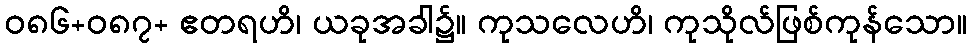
ဝ၈၆+၀၈၇+ ဧတရဟိ၊ ယခုအခါ၌။ ကုသလေဟိ၊ ကုသိုလ်ဖြစ်ကုန်သော။